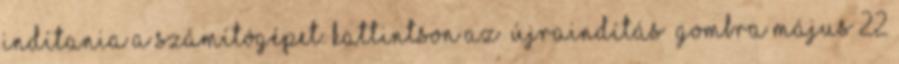
indítania a számítógépet. Kattintson az “Újraindítás” gombra május 22